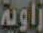
زاوية